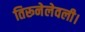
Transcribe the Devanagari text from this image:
तिरूनेलेवली।